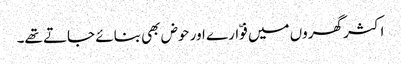
اکثر گھروں میں فوّارے اور حوض بھی بنائے جاتے تھے۔